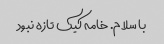
با سلام. خامه کیک تازه نبود